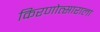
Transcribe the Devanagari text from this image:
किरणोत्साराला